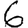
Digit: 6